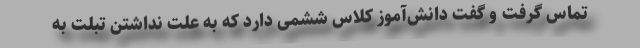
تماس گرفت و گفت دانش‌آموز کلاس ششمی دارد که به علت نداشتن تبلت به